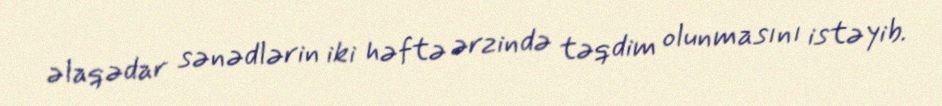
əlaqədar sənədlərin iki həftə ərzində təqdim olunmasını istəyib.